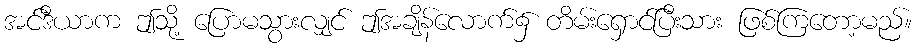
အင်ဒီယာက ဤသို့ ပြောမသွားလျှင် ဤအချိန်လောက်၌ တိမ်းရှောင်ပြီးသား ဖြစ်ကြတော့မည်။